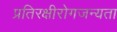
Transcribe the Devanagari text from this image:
प्रतिरक्षीरोगजन्यता